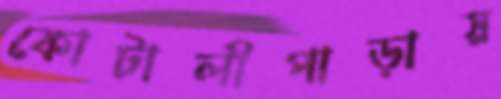
কোটালীপাড়ায়